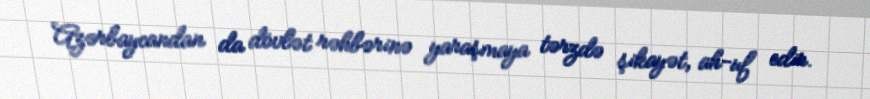
Azərbaycandan da dövlət rəhbərinə yaraşmaya tərzdə şikayət, ah-uf edir.